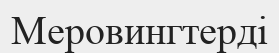
Меровингтерді